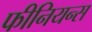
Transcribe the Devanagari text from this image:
फीनियन्स